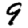
Digit: 9